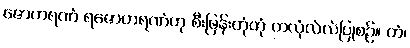
ဇောဟရဏံ ရဇောဟရဏံဟု စီးဖြန်းတုံတုံ တလုံလဲလဲပြုစဉ်။ တံ၊